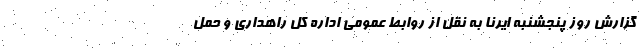
گزارش روز پنجشنبه ایرنا به نقل از روابط عمومی اداره کل راهداری و حمل